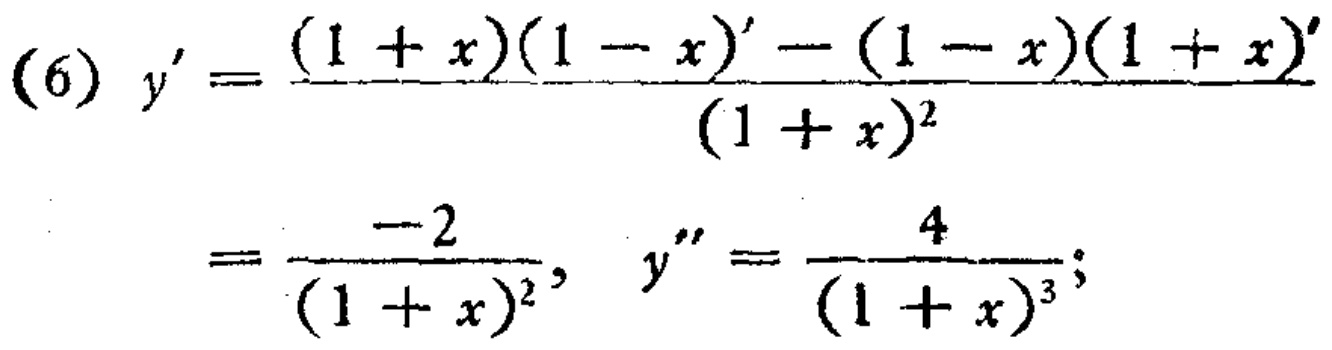
\[
\begin{align*}
(6)\ y'&=\frac{(1 + x)(1 - x)'-(1 - x)(1 + x)'}{(1 + x)^2}\\
&=\frac{-2}{(1 + x)^2},\ y''=\frac{4}{(1 + x)^3};
\end{align*}
\]